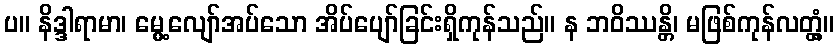
ပ။ နိဒ္ဒါရာမာ၊ မွေ့လျော်အပ်သော အိပ်ပျော်ခြင်းရှိကုန်သည်။ န ဘဝိဿန္တိ၊ မဖြစ်ကုန်လတ္တံ့။